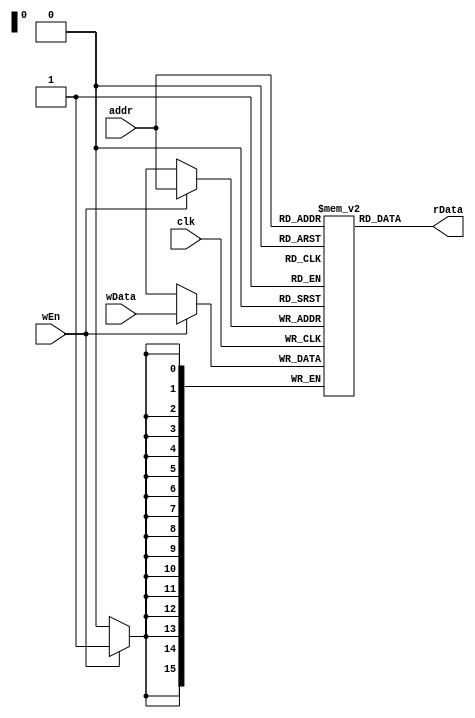
// 2^16 word data memory with 16-bit words
module mem16(
	input [15:0]  addr,
	input [15:0]  wData,
	input			  clk,
	input			  wEn,
	output [15:0] rData
);

	reg [15:0] mem [0:65535];
	
	assign rData = mem[addr];
	
	always @(posedge clk) 
	begin
		if(wEn) begin
			mem[addr] <= wData;
			end
	end



endmodule